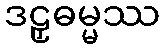
ဒဠှဓမ္မဿ